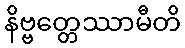
နိဗ္ဗတ္တေဿာမီတိ